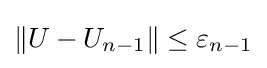
\|U-U_{n-1}\|\leq \varepsilon _{n-1}